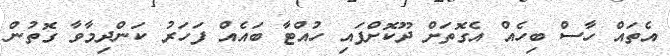
އެތައް ހާސް ބިހެއް އެގޮތަށް ދޫކޮށްފައި ހުއްޓާ ބައެއް ފަހަރު ކަންދިމާވާ ގޮތުން